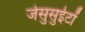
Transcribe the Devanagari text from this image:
जेसुसुईटों